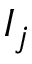
I _ { j }